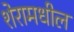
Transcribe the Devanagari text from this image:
शेरामधील